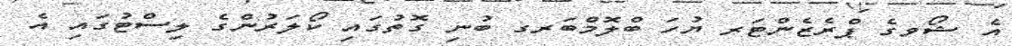
އެ ޝޯވގެ ޕްރެޒެންޓަރ ޔުހަ ބްލޮމްބަރގ ބުނި ގޮތުގައި ކޯލަރުންގެ ލިސްޓުގައި އެ